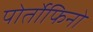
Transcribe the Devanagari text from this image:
पोर्तोफिनो